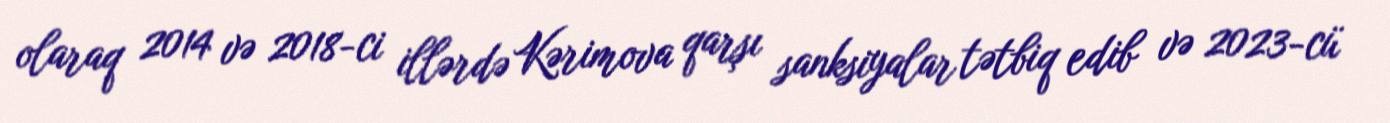
olaraq 2014 və 2018-ci illərdə Kərimova qarşı sanksiyalar tətbiq edib və 2023-cü